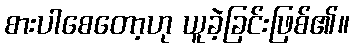
စားပါစေတော့ဟု ယူခဲ့ခြင်းဖြစ်၏။